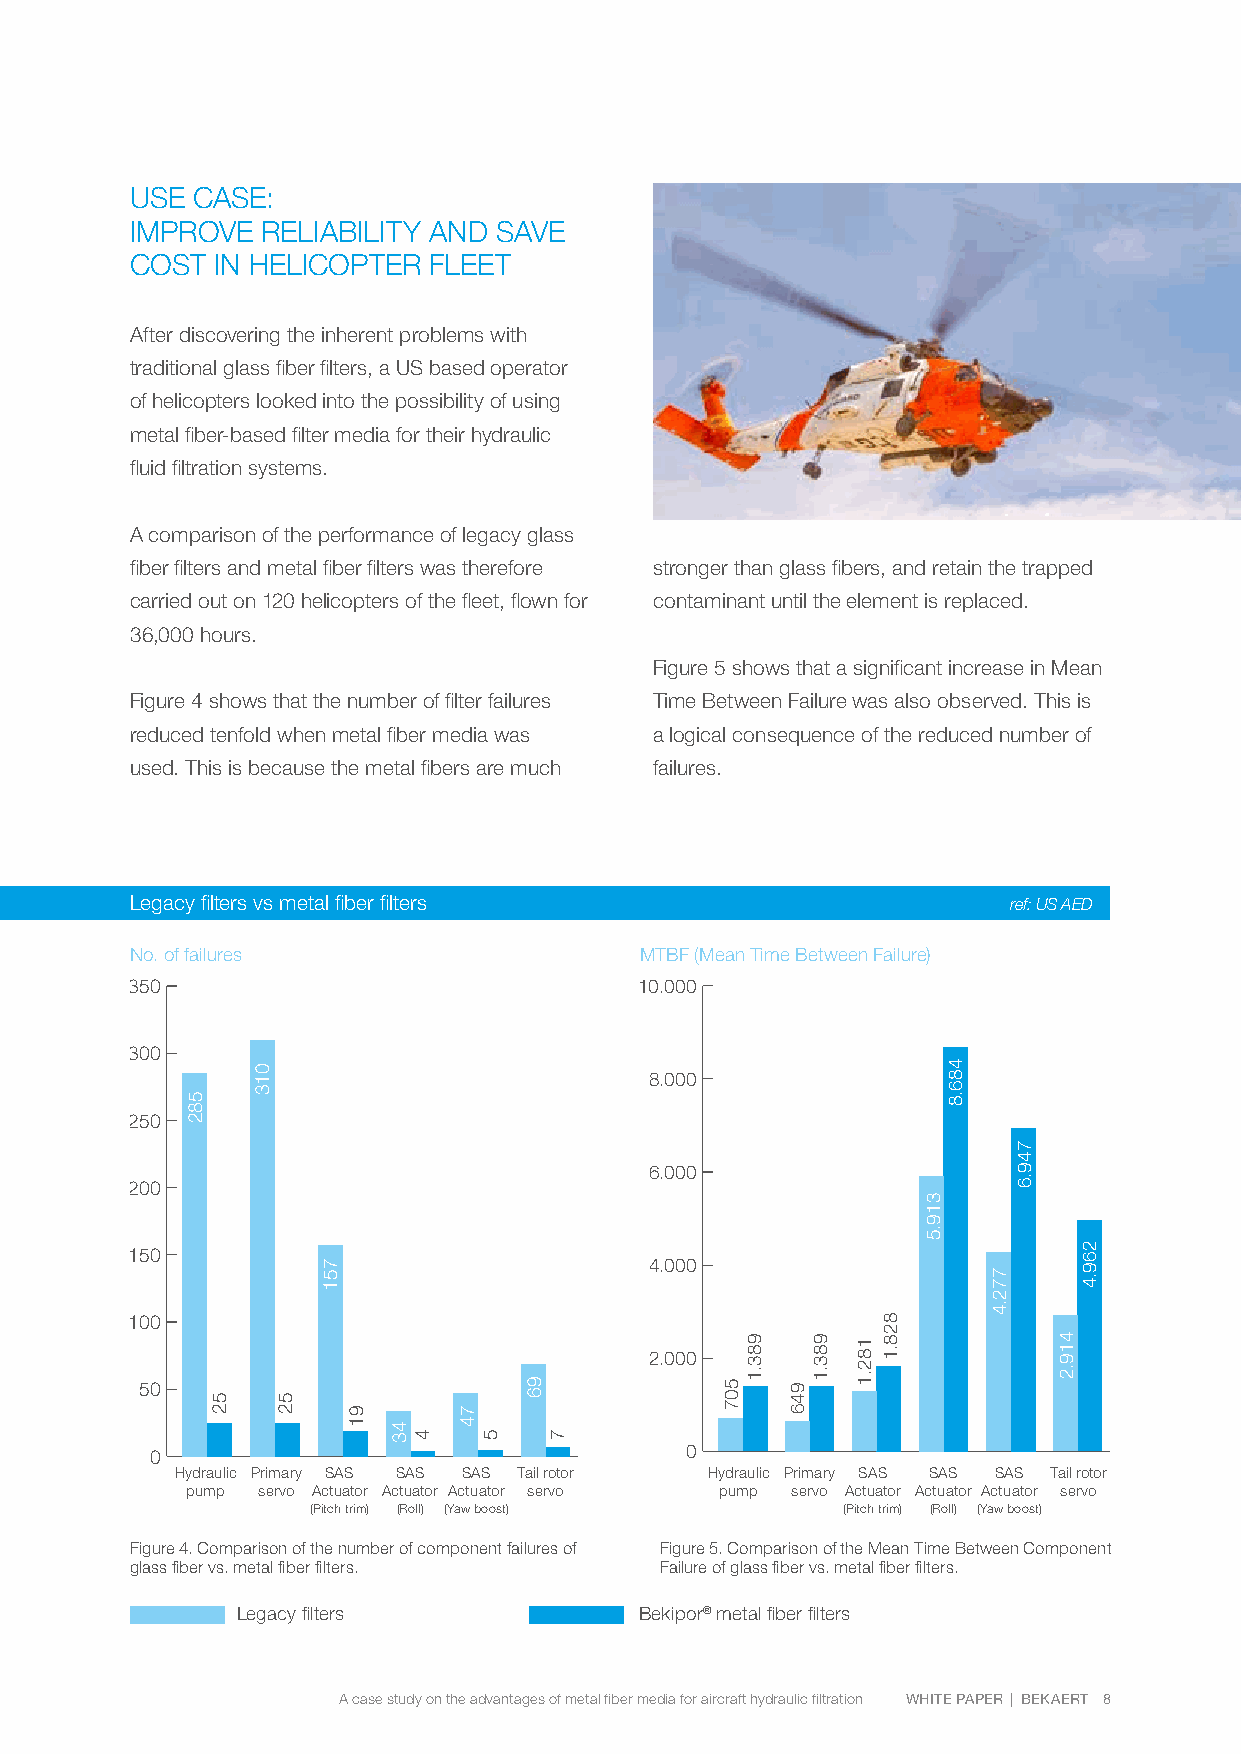
USE CASE:
 IMPROVE RELIABILITY AND SAVE
 COST IN HELICOPTER FLEET
 After discovering the inherent problems with
 traditional glass fiber filters, a US based operator
 of helicopters looked into the possibility of using
 metal fiber-based filter media for their hydraulic
 fluid filtration systems.
 A comparison of the performance of legacy glass
 fiber filters and metal fiber filters was therefore stronger than glass fibers, and retain the trapped
 carried out on 120 helicopters of the fleet, flown for contaminant until the element is replaced.
 36,000 hours.
 Figure 5 shows that a significant increase in Mean
 Figure 4 shows that the number of filter failures Time Between Failure was also observed. This is
 reduced tenfold when metal fiber media was a logical consequence of the reduced number of
 used. This is because the metal fibers are much failures.
 Legacy filters vs metal fiber filters                     ref: US AED
 No. of failures                  MTBF (Mean Time Between Failure)
 350                               10.000
 300
 8.000
 250
 6.000
 200
 150
 4.000
 100
 2.000
 50
 0                                  0
 Hydraulic Primary SAS SAS SAS Tail rotor Hydraulic Primary SAS SAS SAS Tail rotor
 pump servo Actuator Actuator Actuator servo pump servo Actuator Actuator Actuator servo
 (Pitch trim) (Roll) (Yaw boost)    (Pitch trim) (Roll) (Yaw boost)
 Figure 4. Comparison of the number of component failures of Figure 5. Comparison of the Mean Time Between Component
 glass fiber vs. metal fiber filters. Failure of glass fiber vs. metal fiber filters.
 Legacy filters            Bekipor® metal fiber filters
 A case study on the advantages of metal fiber media for aircraft hydraulic filtration WHITE PAPER | BEKAERT 8
 582
 52
 013
 52
 751
 91
 43
 4
 74
 5
 96
 7
 507
 983.1
 946
 983.1 182.1
 828.1
 319.5
 486.8
 772.4
 749.6
 419.2
 269.4